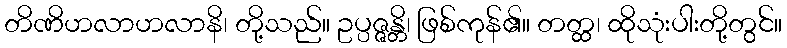
တိဏိဟလာဟလာနိ၊ တို့သည်။ ဥပ္ပဇ္ဇန္တိ၊ ဖြစ်ကုန်၏။ တတ္ထ၊ ထိုသုံးပါးတို့တွင်။